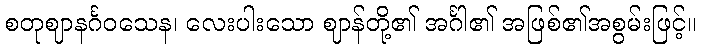
စတုဈာနင်္ဂဝသေန၊ လေးပါးသော ဈာန်တို့၏ အင်္ဂါ၏ အဖြစ်၏အစွမ်းဖြင့်။